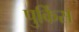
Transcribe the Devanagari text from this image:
पुर्किस